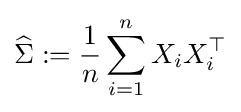
{\widehat {\Sigma }}:={\frac {1}{n}}\sum _{i=1}^{n}X_{i}X_{i}^{\top }